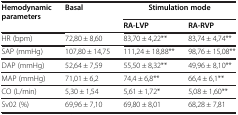
<table><thead><tr><td><b>Hemodynamic parameters</b></td><td><b>Basal</b></td><td colspan="2"><b>Stimulation mode</b></td></tr><tr><td><b> </b></td><td><b> </b></td><td><b>RA-LVP</b></td><td><b>RA-RVP</b></td></tr></thead><tbody><tr><td>HR (bpm)</td><td>72,80 ± 8,60</td><td>83,70 ± 4,22**</td><td>83,74 ± 4,74**</td></tr><tr><td>SAP (mmHg)</td><td>107,80 ± 14,75</td><td>111,24 ± 18,88**</td><td>98,76 ± 15,08**</td></tr><tr><td>DAP (mmHg)</td><td>52,64 ± 7,59</td><td>55,50 ± 8,32**</td><td>49,96 ± 8,10**</td></tr><tr><td>MAP (mmHg)</td><td>71,01 ± 6,2</td><td>74,4 ± 6,8**</td><td>66,4 ± 6,1**</td></tr><tr><td>CO (L/min)</td><td>5,30 ± 1,54</td><td>5,61 ± 1,72*</td><td>5,08 ± 1,60**</td></tr><tr><td>Sv02 (%)</td><td>69,96 ± 7,10</td><td>69,80 ± 8,01</td><td>68,28 ± 7,81</td></tr></tbody></table>